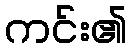
ကင်း၏